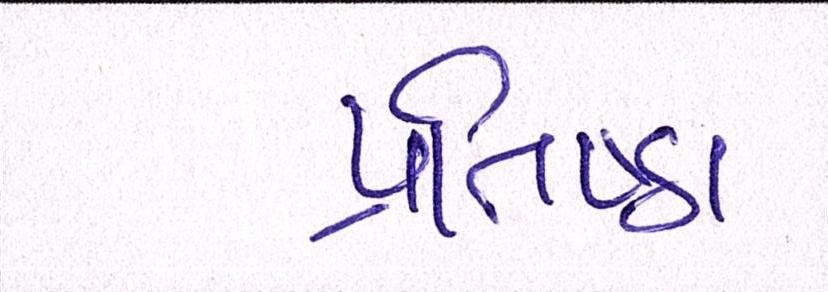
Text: પ્રતિષ્ઠા